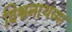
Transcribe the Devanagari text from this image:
विश्वनाथच्या